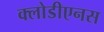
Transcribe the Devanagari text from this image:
क्लोडीएनस